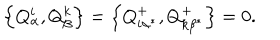
LaTeX: \left\{ Q _ { \alpha } ^ { i } , Q _ { \beta } ^ { k } \right\} = \left\{ Q _ { i \alpha ^ { * } } ^ { + } , Q _ { k \beta ^ { * } } ^ { + } \right\} = 0 .